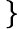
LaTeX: \left.\begin{array}{rl}\end{array}\, \right\}